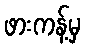
ဖားကန့်မှ